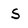
Character: S